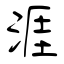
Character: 涯